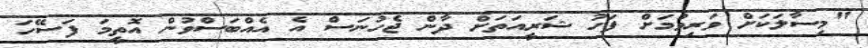
"މިސާލަކަށް ވަރިވުމަށް ފަހު ޝަރީއަތަށް ދާން ޖެހުނަސް އެ އެއްބަސްވުން އޮތީމަ ފަސޭހަ